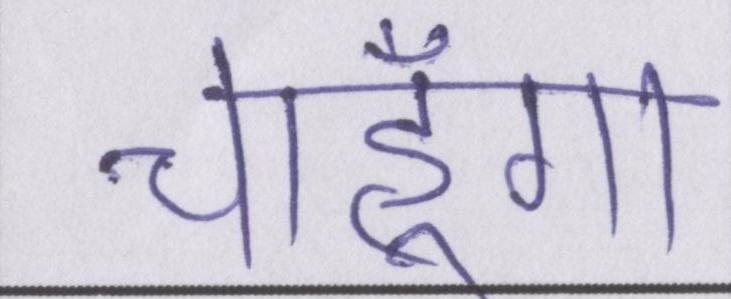
चाहूँगा